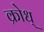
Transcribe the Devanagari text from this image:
क्रोध्